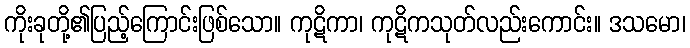
ကိုးခုတို့၏ပြည့်ကြောင်းဖြစ်သော။ ကုဋိကာ၊ ကုဋိကသုတ်လည်းကောင်း။ ဒသမော၊